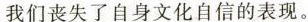
我们丧失了自身文化自信的表现。